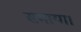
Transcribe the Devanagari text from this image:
समाया।